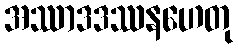
အဿာဒဒဿနဟေတု